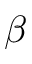
\beta